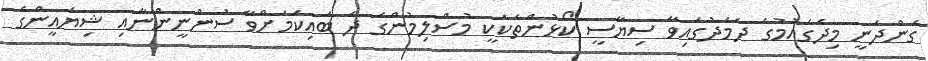
ގެންދަނީ މިދެގައުމުގެ ދެމެދުގައިވާ ސިޔާސީ ކޯޅުންތަކަކީ މުސްލިމުންގެ ދެ ބައިކަމަށްވާ ސުންނީންނާއި ޝިޔައީންގެ